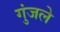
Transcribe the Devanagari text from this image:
गुंजले